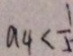
a _ { 4 } < \frac { 1 } { 5 }